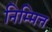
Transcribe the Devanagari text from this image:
निम्मित्त